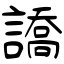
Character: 譑